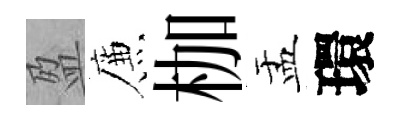
盈簾枷盂環